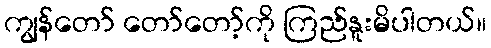
ကျွန်တော် တော်တော့်ကို ကြည်နူးမိပါတယ်။